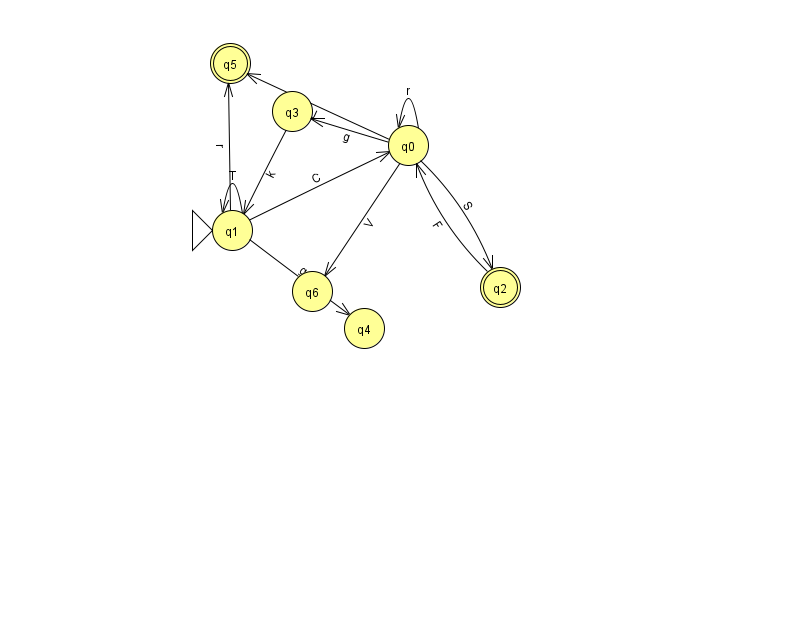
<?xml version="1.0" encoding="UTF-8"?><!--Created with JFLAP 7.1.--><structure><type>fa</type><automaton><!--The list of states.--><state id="0" name="q0"><x>408.0</x><y>132.0</y></state><state id="1" name="q1"><x>232.0</x><y>217.0</y><initial/></state><state id="2" name="q2"><x>500.0</x><y>274.0</y><final/></state><state id="3" name="q3"><x>292.0</x><y>98.0</y></state><state id="4" name="q4"><x>364.0</x><y>315.0</y></state><state id="5" name="q5"><x>230.0</x><y>50.0</y><final/></state><state id="6" name="q6"><x>312.0</x><y>278.0</y></state><!--The list of transitions.--><transition><from>0</from><to>6</to><read>V</read></transition><transition><from>0</from><to>2</to><read>S</read></transition><transition><from>0</from><to>5</to><read>J</read></transition><transition><from>0</from><to>0</to><read>r</read></transition><transition><from>0</from><to>3</to><read>g</read></transition><transition><from>1</from><to>0</to><read>C</read></transition><transition><from>1</from><to>1</to><read>T</read></transition><transition><from>2</from><to>0</to><read>F</read></transition><transition><from>1</from><to>5</to><read>r</read></transition><transition><from>1</from><to>4</to><read>g</read></transition><transition><from>3</from><to>1</to><read>k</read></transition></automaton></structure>